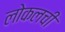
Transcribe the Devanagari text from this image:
लोकलची